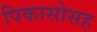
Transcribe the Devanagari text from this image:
पिकासोसह